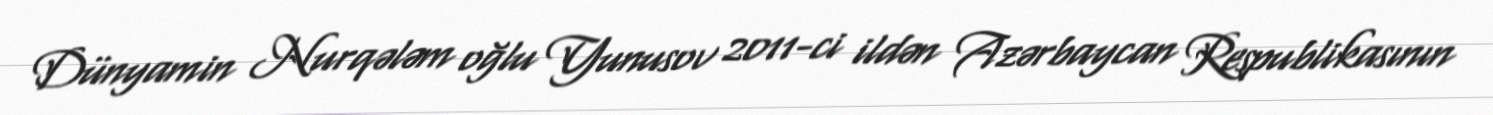
Dünyamin Nurqələm oğlu Yunusov 2011-ci ildən Azərbaycan Respublikasının